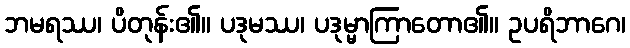
ဘမရဿ၊ ပိတုန်း၏။ ပဒုမဿ၊ ပဒုမ္မာကြာတော၏။ ဥပရိဘာဂေ၊